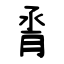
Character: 脀